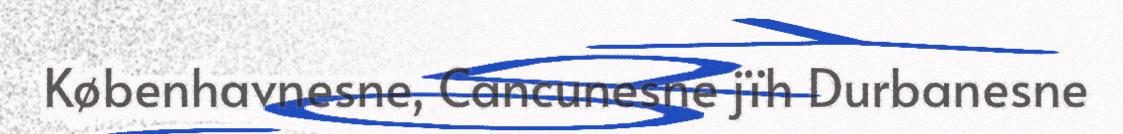
Københavnesne, Cancunesne jïh Durbanesne